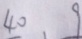
4 0 、 9